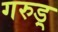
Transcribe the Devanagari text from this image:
गरुड़्